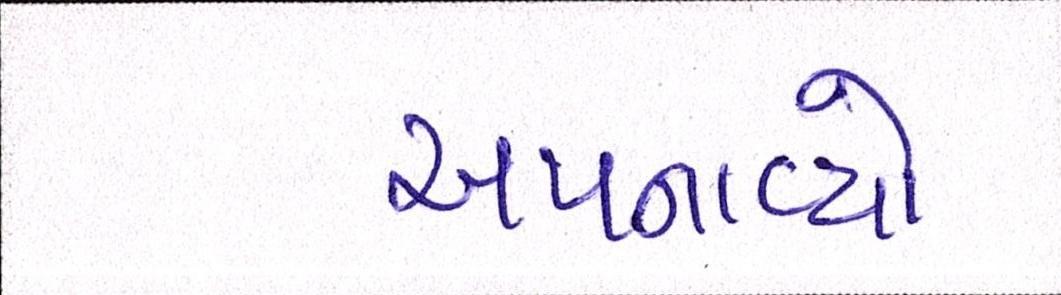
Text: અપનાવ્યો